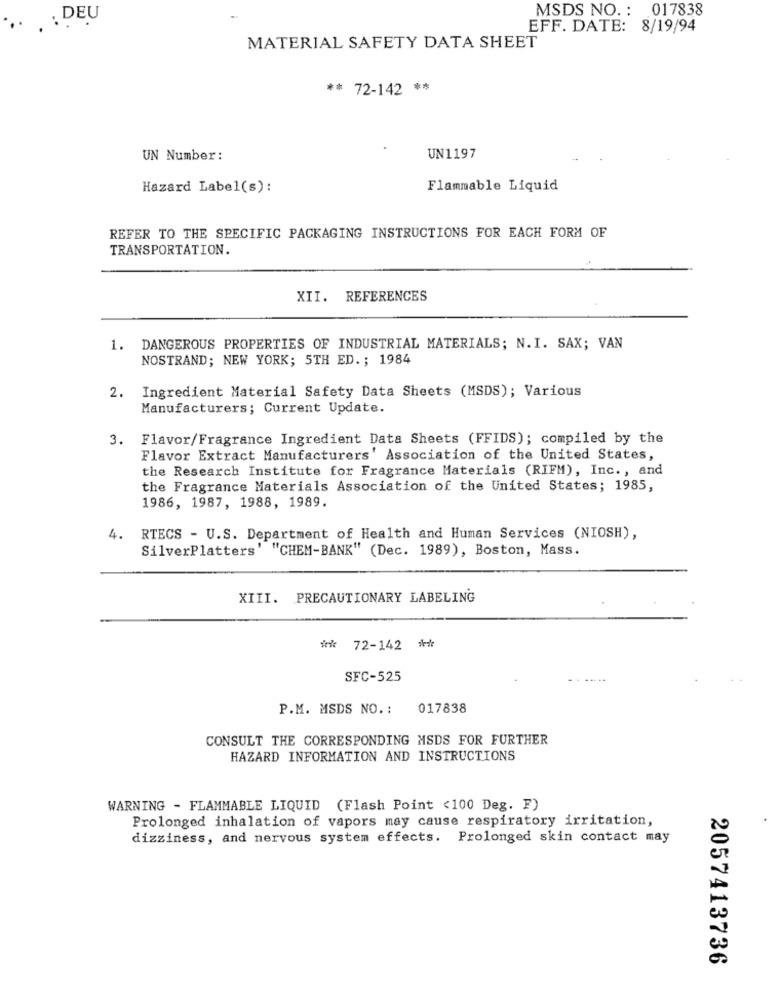
MSDS NO. : 017838
... . : DEU
EFF. DATE: 8/19/94
MATERIAL SAFETY DATA SHEET
** 72-142 **
UN Number:
UN1197
Hazard Label(s):
Flammable Liquid
REFER TO THE SPECIFIC PACKAGING INSTRUCTIONS FOR EACH FORM OF
TRANSPORTATION.
XII.
REFERENCES
1. DANGEROUS PROPERTIES OF INDUSTRIAL MATERIALS; N.I. SAX; VAN
NOSTRAND; NEW YORK; 5TH ED .; 1984
Ingredient Material Safety Data Sheets (MSDS); Various
Manufacturers; Current Update.
3. Flavor/Fragrance Ingredient Data Sheets (FFIDS); compiled by the
Flavor Extract Manufacturers' Association of the United States,
the Research Institute for Fragrance Materials (RIFM), Inc ., and
the Fragrance Materials Association of the United States; 1985,
1986, 1987, 1988, 1989.
4.
RTECS - U.S. Department of Health and Human Services (NIOSH),
SilverPlatters' "CHEM-BANK" (Dec. 1989), Boston, Mass.
XIII. PRECAUTIONARY LABELING
72-142 **
SFC-525
P.M. MSDS NO. :
017838
CONSULT THE CORRESPONDING MSDS FOR FURTHER
HAZARD INFORMATION AND INSTRUCTIONS
WARNING - FLAMMABLE LIQUID (Flash Point <100 Deg. F)
Prolonged inhalation of vapors may cause respiratory irritation,
dizziness, and nervous system effects. Prolonged skin contact may
2057413736